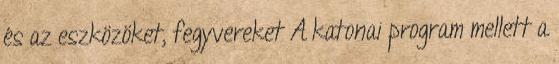
és az eszközöket, fegyvereket A katonai program mellett a